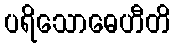
ပရိသောဓေဟီတိ